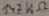
Text: 147KΩ